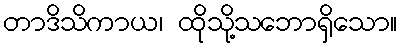
တာဒိသိကာယ၊ ထိုသို့သဘောရှိသော။